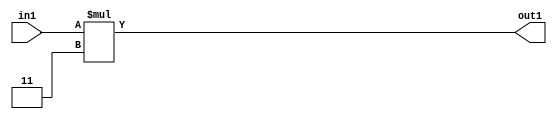
`timescale 1ps / 1ps
/*****************************************************************************
    Verilog RTL Description
    
    
    Created by: Stratus DpOpt 2019.1.01 
*******************************************************************************/

module GaussFilter_Mul_5U_11_1 (
	in1,
	out1
	); /* architecture "behavioural" */ 
input [2:0] in1;
output [4:0] out1;
wire [4:0] asc001;

assign asc001 = 
	+(in1 * 5'B00011);

assign out1 = asc001;
endmodule

/* CADENCE  urj2Sg8= : u9/ySgnWtBlWxVPRXgAZ4Og= ** DO NOT EDIT THIS LINE ******/